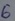
Text: 6